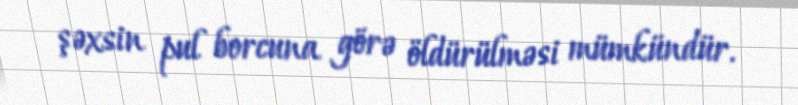
şəxsin pul borcuna görə öldürülməsi mümkündür.